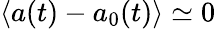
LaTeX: \langle a(t)-a_{0}(t)\rangle\simeq 0